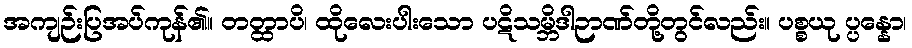
အကျဉ်းပြအပ်ကုန်၏။ တတ္ထာပိ၊ ထိုလေးပါးသော ပဋိသမ္ဘိဒါဉာဏ်တို့တွင်လည်း။ ပစ္စယု ပ္ပန္နော၊